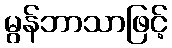
မွန်ဘာသာဖြင့်